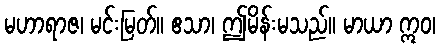
မဟာရာဇ၊ မင်းမြတ်။ ဧသာ၊ ဤမိန်းမသည်။ မာယာ ဣဝ၊